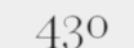
430